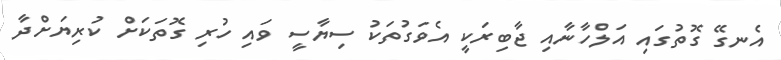
އެނގޭ ގޮތުގައި އަލްހާނާއި ޖާބިރަކީ އެވަގުތަކު ސިޔާސީ ވައި ހުރި ގޮތަކަށް ކުރިޔަށްދާ